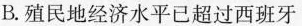
B.殖民地经济水平已超过西班牙